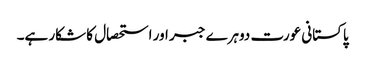
پاکستانی عورت دوہرے جبر اور استحصال کا شکار ہے۔